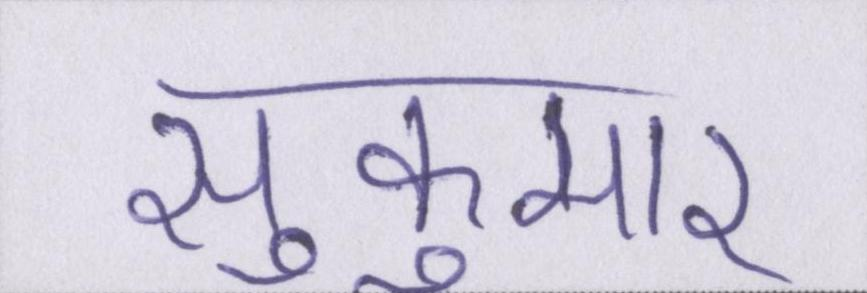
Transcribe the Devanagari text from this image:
सुकुमार